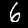
Digit: 6